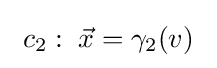
\ c_{2}:\;{\vec {x}}=\gamma _{2}(v)\